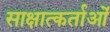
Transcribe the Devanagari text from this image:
साक्षात्कर्ताओं